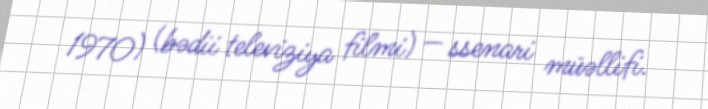
1970) (bədii televiziya filmi) — ssenari müəllifi.